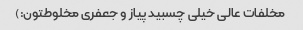
مخلفات عالی خیلی چسبید پیاز و جعفری مخلوطتون:)